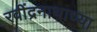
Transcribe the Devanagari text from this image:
रवींद्रनाथाच्या